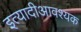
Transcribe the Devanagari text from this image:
इत्यादीआवश्यक